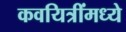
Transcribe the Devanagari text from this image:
कवयित्रींमध्ये